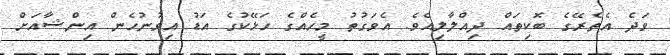
ވަދެ އެތެރޭގެ ބޮކިތައް ދިއްލާލިއެވެ. އެވަގުތު މީހެއްގެ ހަޅޭކުގެ އަޑު އިވުނުހެން އިންޝާއަށް